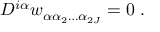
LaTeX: D ^ { i \alpha } w _ { \alpha \alpha _ { 2 } \ldots \alpha _ { 2 J } } = 0 \; .